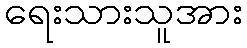
ရေးသားသူအား